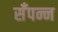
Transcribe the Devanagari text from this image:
सँपन्न